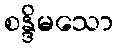
စန္ဒိမသော